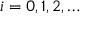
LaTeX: i = 0 , 1 , 2 , \dots